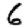
Digit: 6